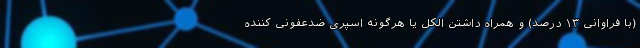
(با فراوانی ۱۳ درصد) و همراه داشتن الکل یا هرگونه اسپری ضدعفونی کننده